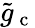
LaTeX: \tilde{g}_{\mathrm{~c~}}